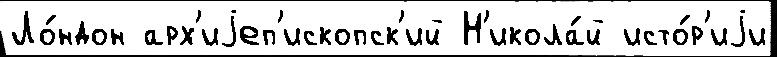
Ло́ндон арх'иjеп'ископск'ий Н'икола́й исто́р'иjи